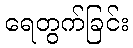
ရေတွက်ခြင်း